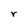
Character: r